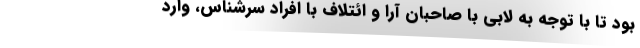
بود تا با توجه به لابی با صاحبان آرا و ائتلاف‌ با افراد سرشناس، وارد